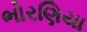
ભોરણિયા